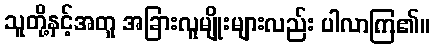
သူတို့နှင့်အတူ အခြားလူမျိုးများလည်း ပါလာကြ၏။